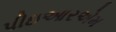
પીઇઆરએમ